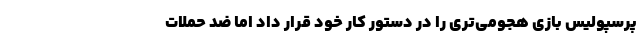
پرسپولیس بازی هجومی‌تری را در دستور کار خود قرار داد اما ضد حملات